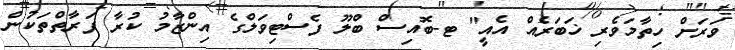
ވަރަށް ހިތާމަވެރި ޚަބަރެއް އެއީ" ޓ-ބޮއިސް ބްލޫ ފެސްޓިވަލްގެ އިންޒާމު ކުރާ ފަރާތްތަކުން